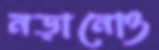
নড়ানোও